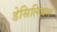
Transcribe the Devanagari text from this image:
डेसिलियन